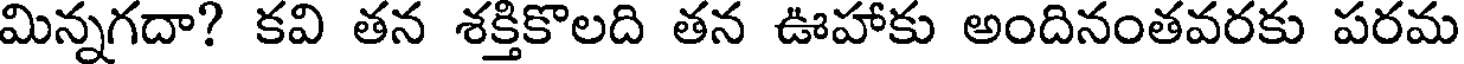
మిన్నగదా? కవి తన శక్తికొలది తన ఊహాకు అందినంతవరకు పరమ